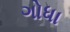
ગોધા